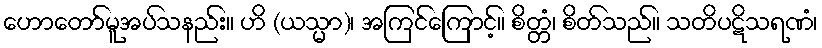
ဟောတော်မူအပ်သနည်း။ ဟိ (ယသ္မာ)၊ အကြင်ကြောင့်။ စိတ္တံ၊ စိတ်သည်။ သတိပဋိသရဏံ၊